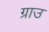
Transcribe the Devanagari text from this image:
ग्राउ